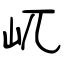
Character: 屼